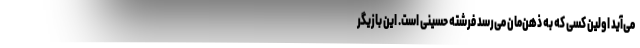
می‌آید اولین کسی که به ذهن‌مان می‌رسد فرشته حسینی است. این بازیگر